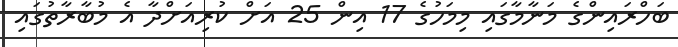
ބަހްރައިންގެ މަނާމާގައި މިމަހުގެ 17 އިން 25 އަށް ކުރިއަށްދާ އެ މުބާރާތުގައި